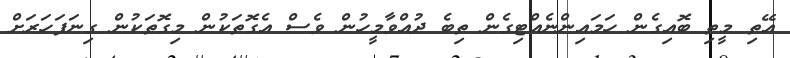
އޭތި މީތި ބޮއިގެން ހަމައިންނެއްޓިގެން ތިބެ ދުއްވާމީހުން ވެސް އެގޮތަކުން މިގޮތަކުން ގިނަފަހަރަށް